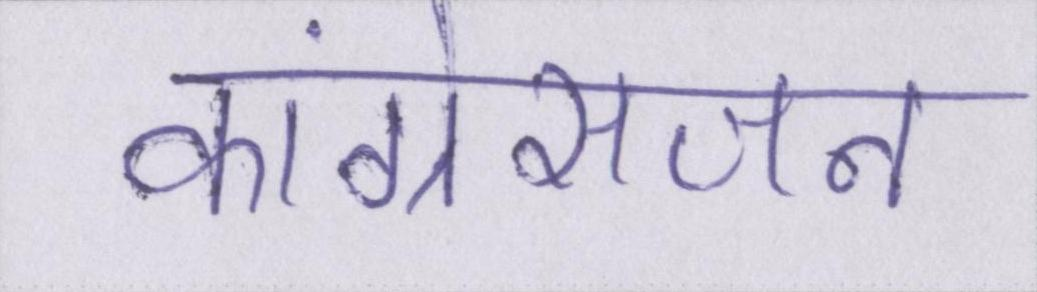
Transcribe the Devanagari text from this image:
कांग्रेसजन